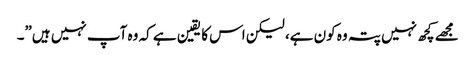
مجھے کچھ نہیں پتہ وہ کون ہے، لیکن اس کا یقین ہے کہ وہ آپ نہیں ہیں”۔